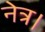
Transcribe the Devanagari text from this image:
नेत्र।